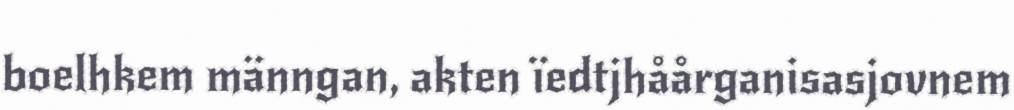
boelhkem männgan, akten ïedtjhåårganisasjovnem